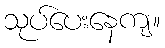
သုပ်ပေးနေကျ။